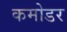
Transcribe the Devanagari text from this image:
कमोडर